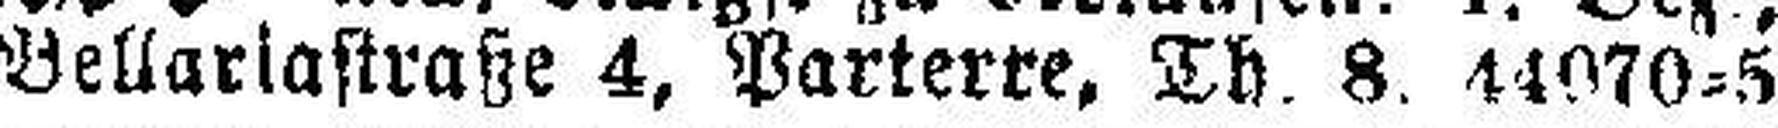
Bellariastraße 4, Parterre. Th. 8. 44070=5